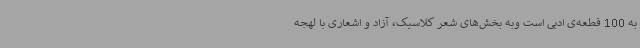
به 100 قطعه‌ی ادبی است وبه بخش‌های شعر کلاسیک، آزاد و اشعاری با لهجه